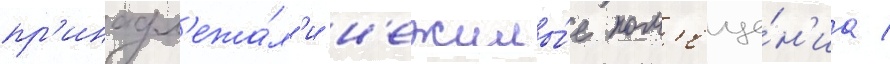
пр'инадл'ежа́л'и н'ежилы́е пом'еще́н'иа /